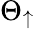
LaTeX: \Theta_{\uparrow}